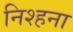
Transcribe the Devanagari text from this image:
निश्हना